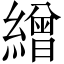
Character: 繒